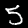
Digit: 5